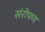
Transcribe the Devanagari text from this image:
संरोपण